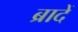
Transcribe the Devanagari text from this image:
ब्रादें